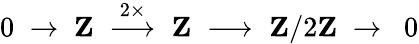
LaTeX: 0\; \to\; \mathbf{Z}\; \; {\overset{2\times}{\longrightarrow}}\; \; \mathbf{Z}\; \longrightarrow\; \mathbf{Z}/2\mathbf{Z}\; \to\; \ 0